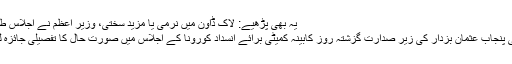
یہ بھی پڑھیے: لاک ڈاؤن میں نرمی یا مزید سختی، وزیر اعظم نے اجلاس طلب کرلیا
وزیراعلیٰ پنجاب عثمان بزدار کی زیر صدارت گزشتہ روز کابینہ کمیٹی برائے انسداد کورونا کے اجلاس میں صورت حال کا تفصیلی جائزہ لیاگیا تھا۔